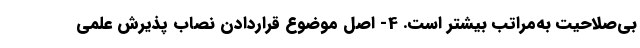
بی‌صلاحیت به‌مراتب بیشتر است. 4- اصل موضوعِ قراردادن نصاب پذیرش علمی